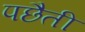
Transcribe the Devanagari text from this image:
पछैती